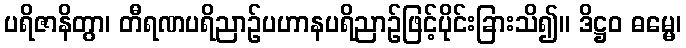
ပရိဇာနိတွာ၊ တီရဏပရိညာဉ်ပဟာနပရိညာဉ်ဖြင့်ပိုင်းခြားသိ၍။ ဒိဋ္ဌဝ ဓမ္မေ၊